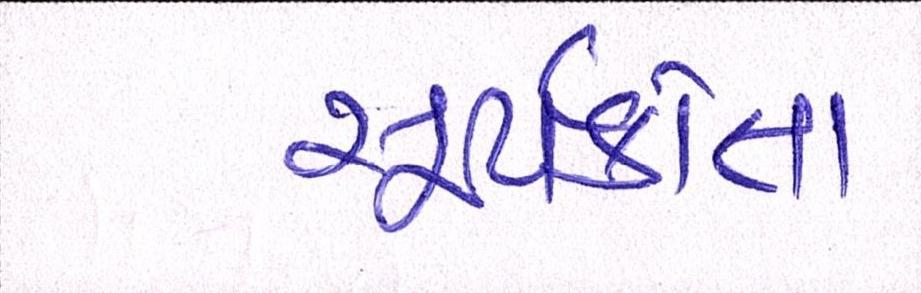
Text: સૂર્યકાંત